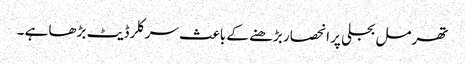
تھرمل بجلی پر انحصار بڑھنے کے باعث سرکلر ڈیٹ بڑھا ہے ۔